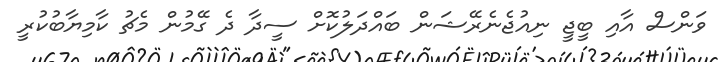
ވަންސް އާއި ބީޖީ ނިއުޖެނެރޭޝަން ބައްދަލުކޮށް ސީދާ ދެ ގޭމުން މެޗު ކާމިޔާބުކުރީ